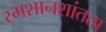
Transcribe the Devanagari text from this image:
स्मशानशांतता